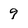
Character: 9